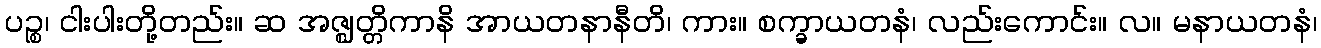
ပဉ္စ၊ ငါးပါးတို့တည်း။ ဆ အဇ္ဈတ္တိကာနိ အာယတနာနီတိ၊ ကား။ စက္ခာယတနံ၊ လည်းကောင်း။ လ။ မနာယတနံ၊